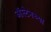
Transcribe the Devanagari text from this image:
ऑस्टेनच्या